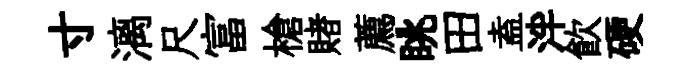
寸漓尺富槍賭薦眺田盍泮飲硬